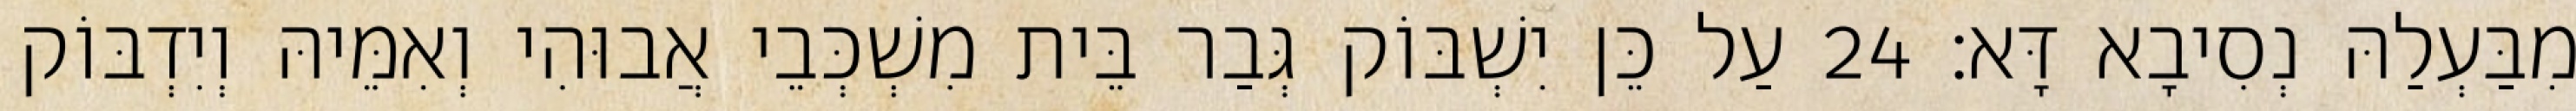
מִבַּעְלַהּ נְסִיבָא דָּא׃ 24 עַל כֵּן יִשְׁבּוֹק גְּבַר בֵּית מִשְׁכְּבֵי אֲבוּהִי וְאִמֵּיהּ וְיִדְבּוֹק